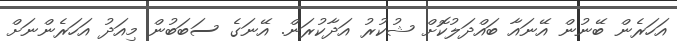
އަހަރެން ބޭނުން އޭނައާ ބައްދަލުކޮށް ޝުކުރު އަދާކުރަން. އޭނަގެ ސަބަބުން މިއަދު އަހަރެންނަށް